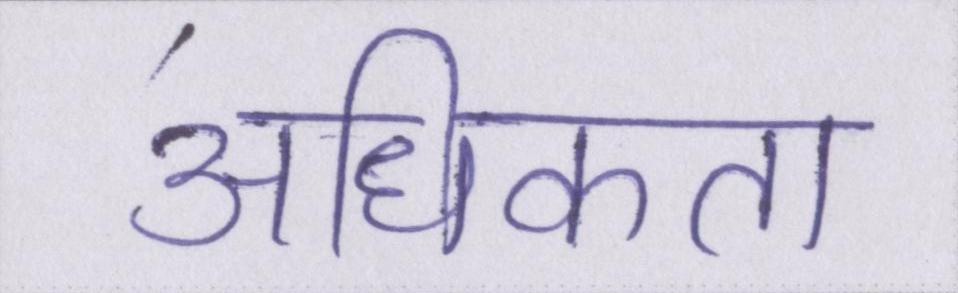
अधिकता